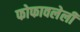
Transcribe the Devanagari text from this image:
फोफावलेली